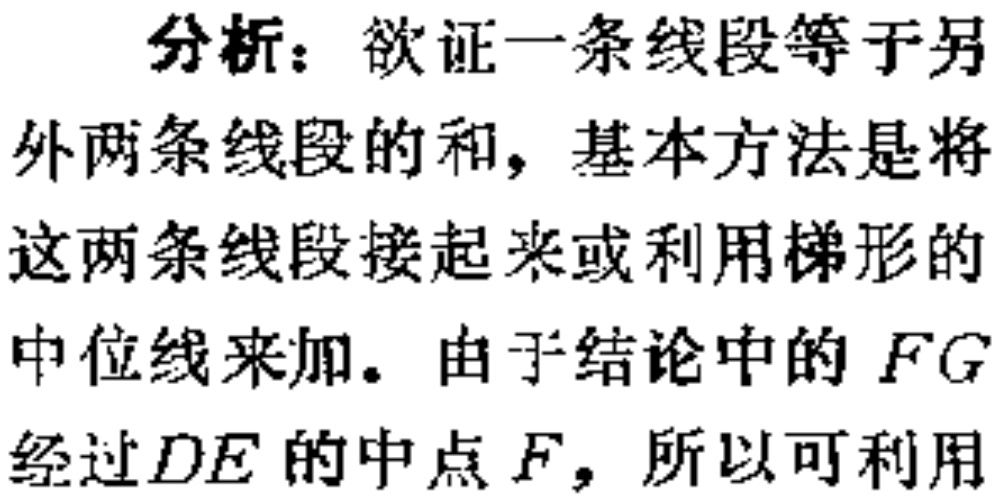
分析：欲证一条线段等于另外两条线段的和，基本方法是将这两条线段接起来或利用梯形的中位线来加。由于结论中的 \(FG\) 经过 \(DE\) 的中点 \(F\)，所以可利用